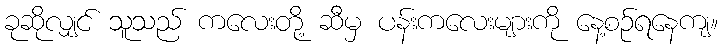
ခုဆိုလျှင် သူသည် ကလေးတို့ ဆီမှ ပန်းကလေးများကို နေ့စဉ်ရနေကျ။